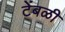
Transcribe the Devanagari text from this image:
टेंबळी